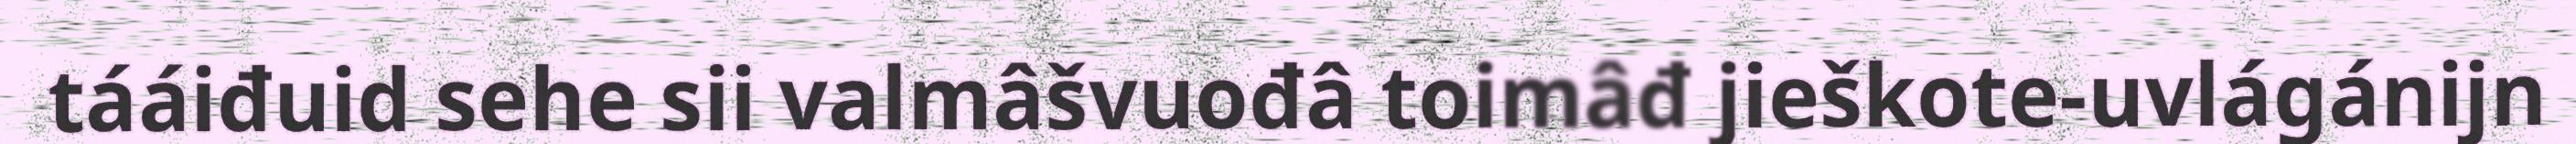
tááiđuid sehe sii valmâšvuođâ toimâđ jieškote-uvlágánijn